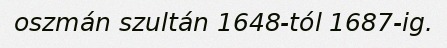
oszmán szultán 1648-tól 1687-ig.